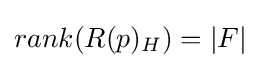
rank(R(p)_{H})=|F|